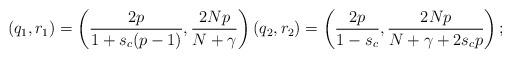
LaTeX: \begin{align*}(q_1, r_1)= \left( \frac{2p}{1+s_c(p-1)}, \frac{2Np}{N+\gamma} \right) (q_2, r_2) =\left( \frac{2p}{1-s_c} , \frac{2Np}{N+\gamma +2s_c p} \right);\end{align*}